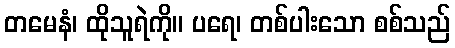
တမေနံ၊ ထိုသူရဲကို။ ပရေ၊ တစ်ပါးသော စစ်သည်